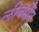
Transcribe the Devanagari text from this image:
लीबमैन्